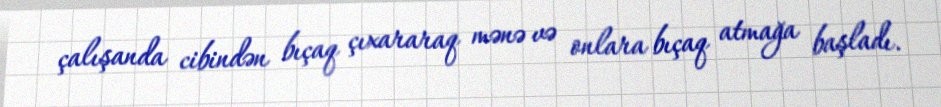
çalışanda cibindən bıçaq çıxararaq mənə və onlara bıçaq atmağa başladı.